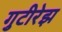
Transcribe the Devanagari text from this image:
गुटीरेझ